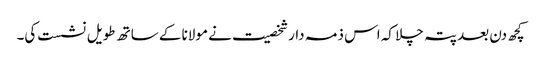
کچھ دن بعد پتہ چلا کہ اس ذمہ دار شخصیت نے مولانا کے ساتھ طویل نشست کی۔